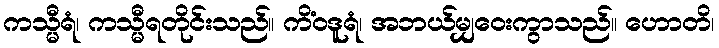
ကသ္မီရံ၊ ကသ္မီရတိုင်းသည်။ ကိံဝဒူရံ၊ အဘယ်မျှဝေးကွာသည်။ ဟောတိ၊